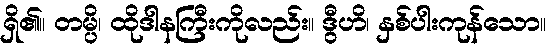
ရှိ၏။ တမ္ပိ၊ ထိုဒါနကြီးကိုလည်း။ ဒွီဟိ၊ နှစ်ပါးကုန်သော။